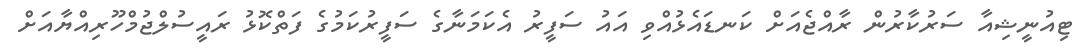
ޓިއުނީޝިއާ ސަރުކާރުން ރާއްޖެއަށް ކަނޑައެޅުއްވި އައު ސަފީރު އެކަމަނާގެ ސަފީރުކަމުގެ ފަތްކޮޅު ރައީސުލްޖުމްހޫރިއްޔާއަށް